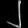
Digit: ၂